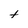
Character: t